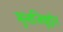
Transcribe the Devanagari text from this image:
मुन्तजिबुद्दीन